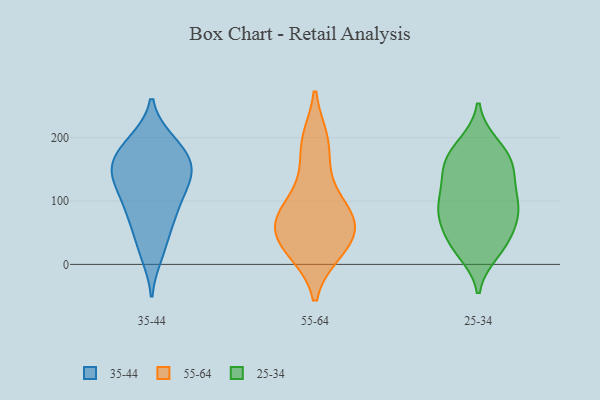
{"axis": {"x": "Customer Acquisition Cost (USD)", "y": "Value"}, "legend": ["25-34", "35-44", "55-64"], "data": [{"x": "", "y": 152, "type": "35-44"}, {"x": "", "y": 171, "type": "35-44"}, {"x": "", "y": 75, "type": "35-44"}, {"x": "", "y": 85, "type": "35-44"}, {"x": "", "y": 106, "type": "35-44"}, {"x": "", "y": 194, "type": "35-44"}, {"x": "", "y": 138, "type": "35-44"}, {"x": "", "y": 180, "type": "35-44"}, {"x": "", "y": 152, "type": "35-44"}, {"x": "", "y": 30, "type": "35-44"}, {"x": "", "y": 129, "type": "35-44"}, {"x": "", "y": 194, "type": "35-44"}, {"x": "", "y": 16, "type": "35-44"}, {"x": "", "y": 71, "type": "35-44"}, {"x": "", "y": 127, "type": "35-44"}, {"x": "", "y": 154, "type": "35-44"}, {"x": "", "y": 101, "type": "55-64"}, {"x": "", "y": 20, "type": "55-64"}, {"x": "", "y": 62, "type": "55-64"}, {"x": "", "y": 74, "type": "55-64"}, {"x": "", "y": 196, "type": "55-64"}, {"x": "", "y": 70, "type": "55-64"}, {"x": "", "y": 22, "type": "55-64"}, {"x": "", "y": 71, "type": "55-64"}, {"x": "", "y": 25, "type": "55-64"}, {"x": "", "y": 56, "type": "55-64"}, {"x": "", "y": 141, "type": "55-64"}, {"x": "", "y": 194, "type": "55-64"}, {"x": "", "y": 93, "type": "25-34"}, {"x": "", "y": 87, "type": "25-34"}, {"x": "", "y": 168, "type": "25-34"}, {"x": "", "y": 184, "type": "25-34"}, {"x": "", "y": 31, "type": "25-34"}, {"x": "", "y": 153, "type": "25-34"}, {"x": "", "y": 104, "type": "25-34"}, {"x": "", "y": 159, "type": "25-34"}, {"x": "", "y": 30, "type": "25-34"}, {"x": "", "y": 140, "type": "25-34"}, {"x": "", "y": 70, "type": "25-34"}, {"x": "", "y": 84, "type": "25-34"}, {"x": "", "y": 105, "type": "25-34"}, {"x": "", "y": 20, "type": "25-34"}, {"x": "", "y": 39, "type": "25-34"}, {"x": "", "y": 189, "type": "25-34"}, {"x": "", "y": 69, "type": "25-34"}, {"x": "", "y": 142, "type": "25-34"}]}